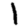
Digit: 1